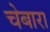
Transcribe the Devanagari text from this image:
चेबारा